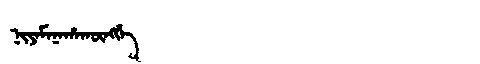
Manchu: ᠨᡳᠶᠠᠮᠠᠨᠠᡥᠠᡴᡡᠩᡤᡝ
Romanization: NIYAMANAHAKŪNGGE